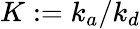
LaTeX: K:=k_{a}/k_{d}